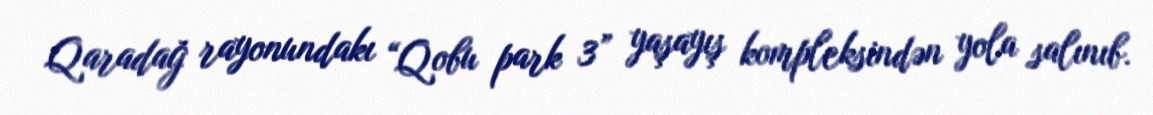
Qaradağ rayonundakı “Qobu park 3” yaşayış kompleksindən yola salınıb.